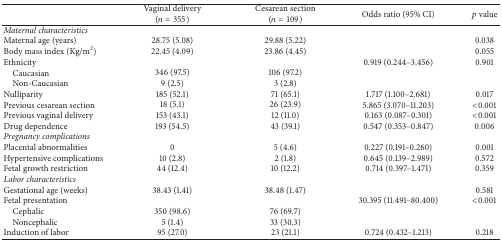
<table><thead><tr><td><b> </b></td><td><b>Vaginal delivery (<i>n</i> = 355)</b></td><td><b>Cesarean section (<i>n</i> = 109)</b></td><td><b>Odds ratio (95% CI)</b></td><td><b><i>p</i> value</b></td></tr></thead><tbody><tr><td><i>Maternal characteristics</i></td><td> </td><td> </td><td> </td><td> </td></tr><tr><td>Maternal age (years)</td><td>28.75 (5.08)</td><td>29.88 (5.22)</td><td> </td><td>0.038</td></tr><tr><td>Body mass index (Kg/m<sup>2</sup>)</td><td>22.45 (4.09)</td><td>23.86 (4.45)</td><td> </td><td>0.055</td></tr><tr><td>Ethnicity</td><td> </td><td> </td><td>0.919 (0.244–3.456)</td><td>0.901</td></tr><tr><td> Caucasian</td><td>346 (97.5)</td><td>106 (97.2)</td><td> </td><td> </td></tr><tr><td> Non-Caucasian</td><td>9 (2.5)</td><td>3 (2.8)</td><td> </td><td> </td></tr><tr><td>Nulliparity</td><td>185 (52.1)</td><td>71 (65.1)</td><td>1.717 (1.100–2.681)</td><td>0.017</td></tr><tr><td>Previous cesarean section</td><td>18 (5.1)</td><td>26 (23.9)</td><td>5.865 (3.070–11.203)</td><td>&lt;0.001</td></tr><tr><td>Previous vaginal delivery</td><td>153 (43.1)</td><td>12 (11.0)</td><td>0.163 (0.087–0.301)</td><td>&lt;0.001</td></tr><tr><td>Drug dependence</td><td>193 (54.5)</td><td>43 (39.1)</td><td>0.547 (0.353–0.847)</td><td>0.006</td></tr><tr><td><i>Pregnancy complications</i></td><td> </td><td> </td><td> </td><td> </td></tr><tr><td>Placental abnormalities</td><td>0</td><td>5 (4.6)</td><td>0.227 (0.191–0.260)</td><td>0.001</td></tr><tr><td>Hypertensive complications</td><td>10 (2.8)</td><td>2 (1.8)</td><td>0.645 (0.139–2.989)</td><td>0.572</td></tr><tr><td>Fetal growth restriction</td><td>44 (12.4)</td><td>10 (12.2)</td><td>0.714 (0.397–1.471)</td><td>0.359</td></tr><tr><td><i>Labor characteristics</i></td><td> </td><td> </td><td> </td><td> </td></tr><tr><td>Gestational age (weeks)</td><td>38.43 (1.41)</td><td>38.48 (1.47)</td><td> </td><td>0.581</td></tr><tr><td>Fetal presentation</td><td> </td><td> </td><td>30.395 (11.491–80.400)</td><td>&lt;0.001</td></tr><tr><td> Cephalic</td><td>350 (98.6)</td><td>76 (69.7)</td><td> </td><td> </td></tr><tr><td> Noncephalic</td><td>5 (1.4)</td><td>33 (30.3)</td><td> </td><td> </td></tr><tr><td>Induction of labor</td><td>95 (27.0)</td><td>23 (21.1)</td><td>0.724 (0.432–1.213)</td><td>0.218</td></tr></tbody></table>